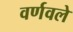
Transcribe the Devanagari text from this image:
वर्णवले